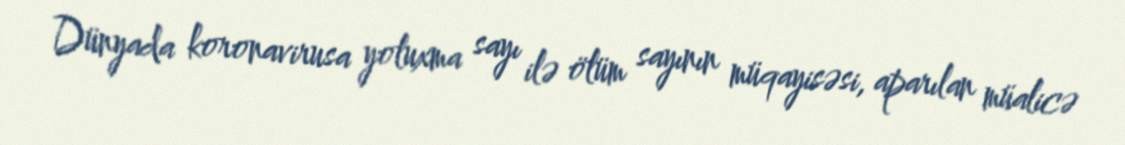
Dünyada koronavirusa yoluxma sayı ilə ölüm sayının müqayisəsi, aparılan müalicə